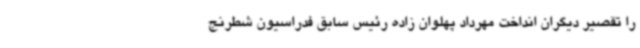
را تقصیر دیگران انداخت مهرداد پهلوان زاده رئیس سابق فدراسیون شطرنج